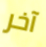
آخر